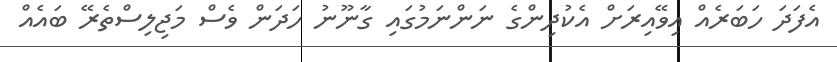
އެފަދަ ހަބަރެއް އިވޭއިރަށް އެކުދިންގެ ނަންނަމުގައި ގާނޫނު ހަދަން ވެސް މަޖިލިސްތެރޭ ބައެއް